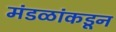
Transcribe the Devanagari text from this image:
मंडळांकडून